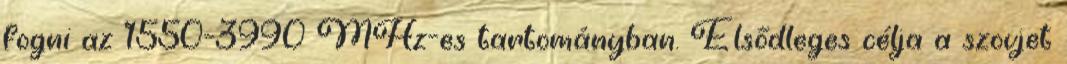
fogni az 1550-3990 MHz-es tartományban. Elsődleges célja a szovjet